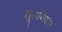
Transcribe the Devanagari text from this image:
द्यूतविद्या